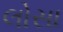
લોસા